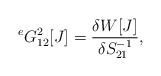
\begin{align*} {}^e G^{2}_{12}[J]=\frac{\delta W[J]}{\delta S^{-1}_{21}},\end{align*}